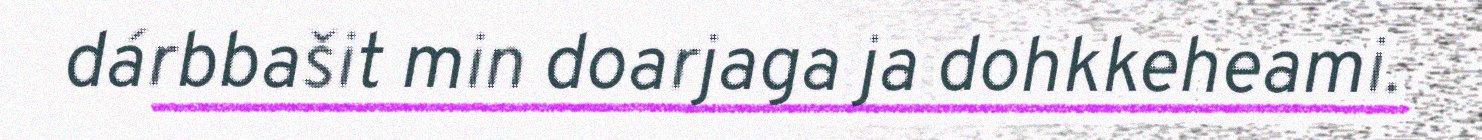
dárbbašit min doarjaga ja dohkkeheami.